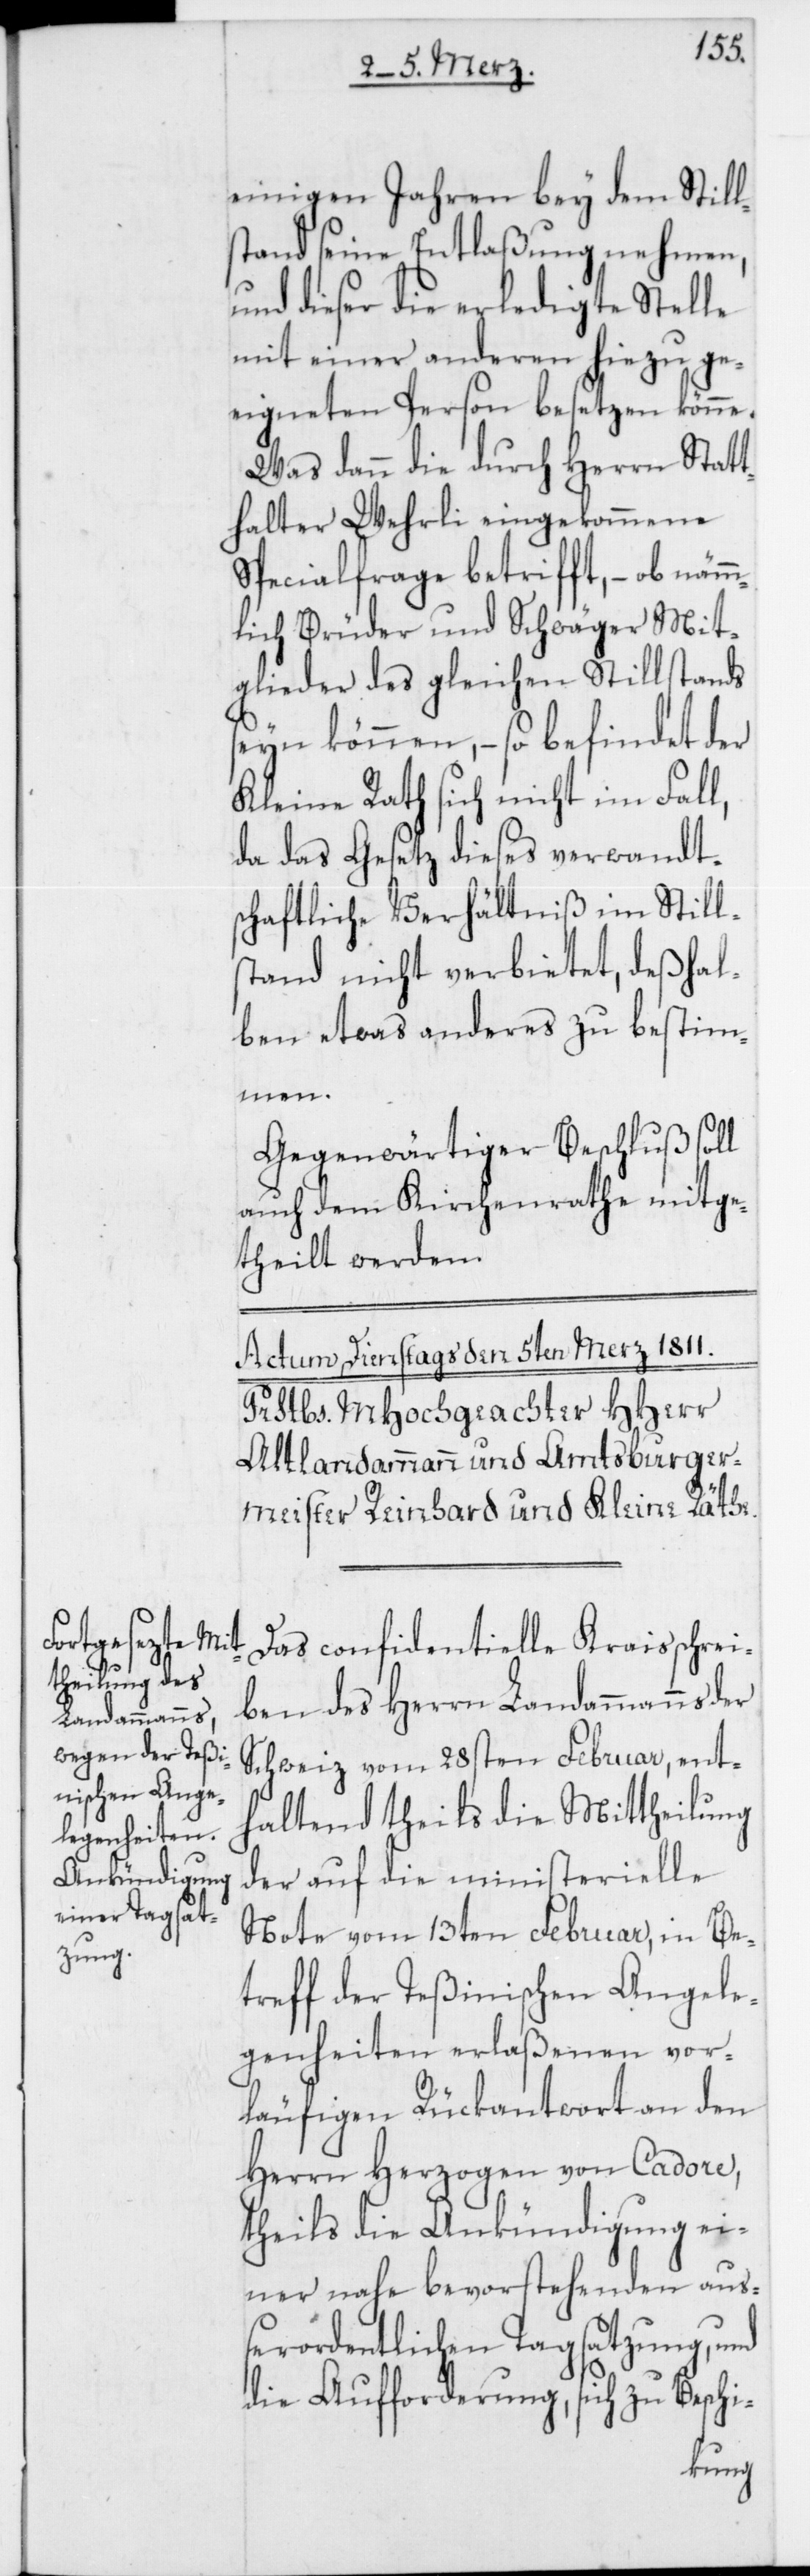
einigen Jahren bey dem Still¬
stand seine Entlaßung nehmen,
und dieser die erledigte Stelle
mit einer anderen hiezu ge¬
eigneten Person besetzen könne.
Was dann die durch Herrn Statt¬
halter Wehrli eingekommene
Specialfrage betrifft, – ob nämm¬
lich Brüder und Schwäger Mit¬
glieder des gleichen Stillstands
seyn können, – so befindet der
Kleine Rath sich nicht im Fall,
da das Gesetz dieses verwandt¬
schaftliche Verhältniß im Stills¬
tand nicht verbietet, deßhal¬
ben etwas anderes zu bestim¬
men.
Gegenwärtiger Beschluß soll
auch dem Kirchenrathe mitge¬
theilt werden.
Das confidentielle Kraisschrei¬
ben des Herrn Landammanns der
Schweiz vom 28sten Februar, ent¬
haltend theils die Mittheilung
der auf die ministerielle
Note vom 13ten Februar, in Be¬
treff der Teßinischen Angele¬
genheiten erlaßenen vor¬
läufigen Rückantwort an den
Herrn Herzogen von Cadore,
theils die Ankündigung ei¬
ner nahe bevorstehenden auß¬
erordentlichen Tagsatzung, und
die Aufforderung, sich zu Beschi-